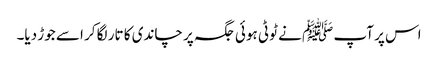
اس پر آپ ﷺ نے ٹوٹی ہوئی جگہ پر چاندی کا تار لگا کر اسے جوڑ دیا۔